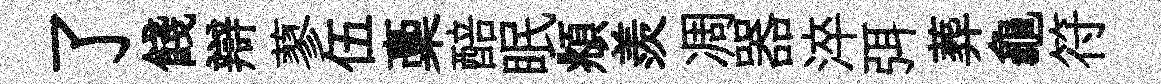
了餞辯蓼伍稾醅眠頫羨凋器淬弭葬龜符